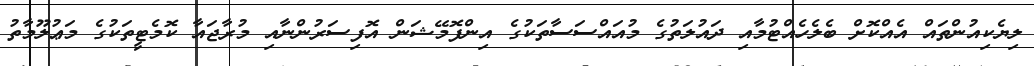
ލިޔެކިއުންތައް އެއްކޮށް ބެލެހެއްޓުމާއި ދައުލަތުގެ މުއައްސަސާތަކުގެ އިންފޮމޭޝަން އޮފިސަރުންނާއި މުރާޖައާ ކޮމެޓީތަކުގެ މަޢުލޫމާތު